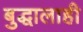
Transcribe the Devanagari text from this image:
बुद्धालाही